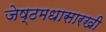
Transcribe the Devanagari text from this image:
जेष्ठमधासारखी